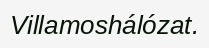
Villamoshálózat.